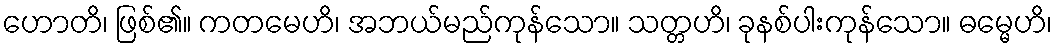
ဟောတိ၊ ဖြစ်၏။ ကတမေဟိ၊ အဘယ်မည်ကုန်သော။ သတ္တဟိ၊ ခုနစ်ပါးကုန်သော။ ဓမ္မေဟိ၊